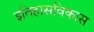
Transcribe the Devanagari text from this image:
इतिहासविकास